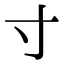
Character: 寸